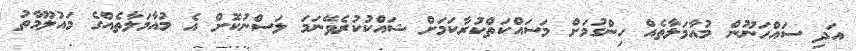
އަދި ސައްހަނޫން މުއާމަލާތެއް ހިންގުމަށް މަސައްކަތްކުރާކަމަށް ޝައްކުކުރެވޭނަމަ ލަސްނުކޮށް އެ މުއާމަލާތެއްގެ މައުލޫމާތު